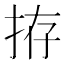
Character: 拵